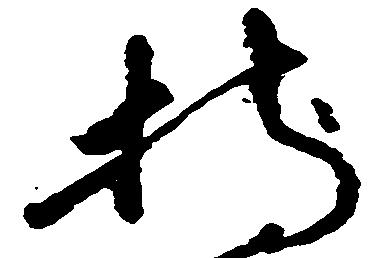
持